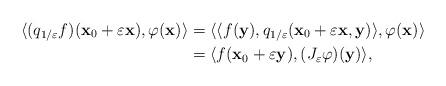
LaTeX: \begin{align*}\langle (q_{1/\varepsilon}f)(\mathbf{x}_{0}+\varepsilon \mathbf{x}),\varphi(\mathbf{x})\rangle&= \langle \langle f(\mathbf{y}), q_{1/\varepsilon}(\mathbf{x}_{0}+\varepsilon \mathbf{x},\mathbf{y}) \rangle ,\varphi(\mathbf{x})\rangle\\&= \langle f(\mathbf{x}_{0}+\varepsilon \mathbf{y}), (J_{\varepsilon}\varphi)(\mathbf{y})\rangle,\end{align*}